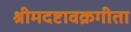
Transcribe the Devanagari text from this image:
श्रीमदष्टावक्रगीता